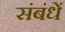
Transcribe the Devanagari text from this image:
संबंधें